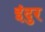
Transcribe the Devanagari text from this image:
इंदुर